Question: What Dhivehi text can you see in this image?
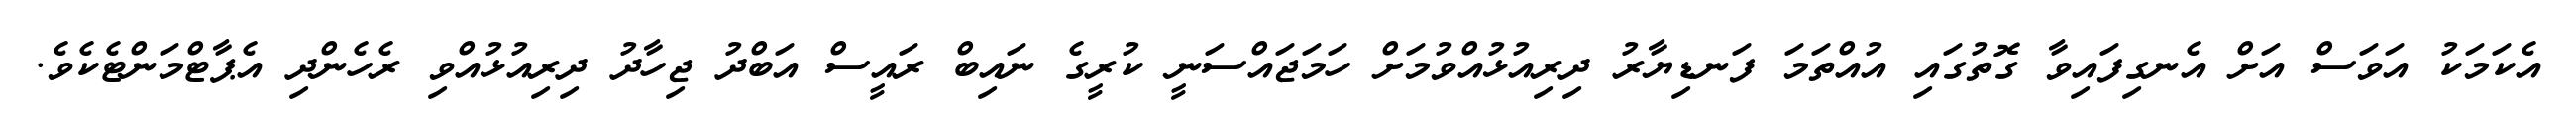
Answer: އެކަމަކު އަވަސް އަށް އެނގިފައިވާ ގޮތުގައި އުއްތަމަ ފަނޑިޔާރު ދިރިއުޅުއްވުމަށް ހަމަޖައްސަނީ ކުރީގެ ނައިބް ރައީސް އަބްދު ޖިހާދު ދިރިއުޅުއްވި ރެހެންދި އެޕާޓްމަންޓެކެވެ.